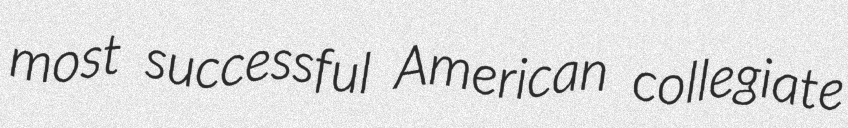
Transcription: most successful American collegiate